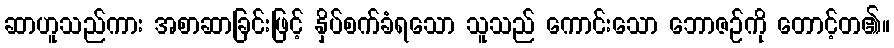
ဆာဟူသည်ကား အစာဆာခြင်းဖြင့် နှိပ်စက်ခံရသော သူသည် ကောင်းသော ဘောဇဉ်ကို တောင့်တ၏။